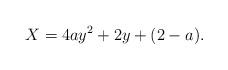
LaTeX: \begin{align*} X = 4ay^2 + 2y +(2-a) . \end{align*}